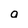
Character: o